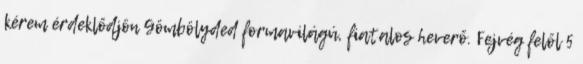
kérem érdeklődjön Gömbölyded formavilágú, fiatalos heverő. Fejvég felől 5